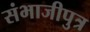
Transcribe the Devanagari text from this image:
संभाजीपुत्र